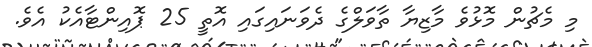
މި މެޗުން މޮޅުވެ މާޒިޔާ ތާވަލްގެ ދެވަނައިގައި އޮތީ 25 ޕޮއިންޓާއެކު އެވެ.